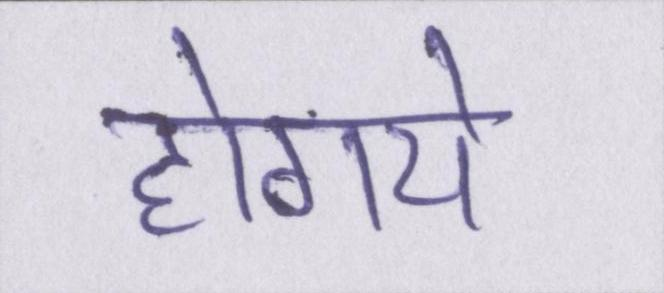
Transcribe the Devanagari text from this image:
होगये